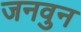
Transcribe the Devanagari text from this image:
जनवुन